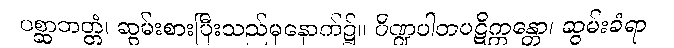
ပစ္ဆာဘတ္တံ၊ ဆွမ်းစားပြီးသည်မှနောက်၌။ ပိဏ္ဍပါတပဋိက္ကန္တော၊ ဆွမ်းခံရာ